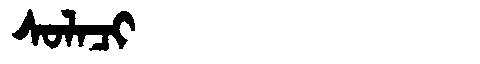
Manchu: ᠰᠣᠯᠠᠴᡳ
Romanization: SOLACI